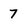
Character: 7